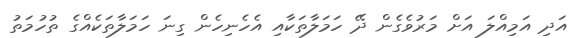
އަދި އަމިއްލަ އަށް މަރުވެގެން ދޭ ހަމަލާތަކާއި އެހެނިހެން ގިނަ ހަމަލާތަކެއްގެ ތުހުމަތު